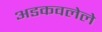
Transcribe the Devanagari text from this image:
अडकवलेले